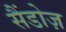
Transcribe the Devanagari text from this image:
सैंडोज़